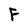
Character: F